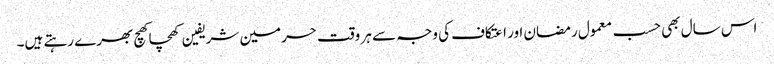
اس سال بھی حسب معمول رمضان اور اعتکاف کی وجہ سے ہر وقت حرمین شریفین کھچا کھچ بھرے رہتے ہیں۔